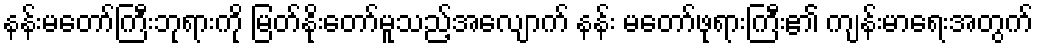
နန်းမတော်ကြီးဘုရားကို မြတ်နိုးတော်မူသည့်အလျောက် နန်း မတော်ဖုရားကြီး၏ ကျန်းမာရေးအတွက်